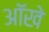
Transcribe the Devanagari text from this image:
आॅखे